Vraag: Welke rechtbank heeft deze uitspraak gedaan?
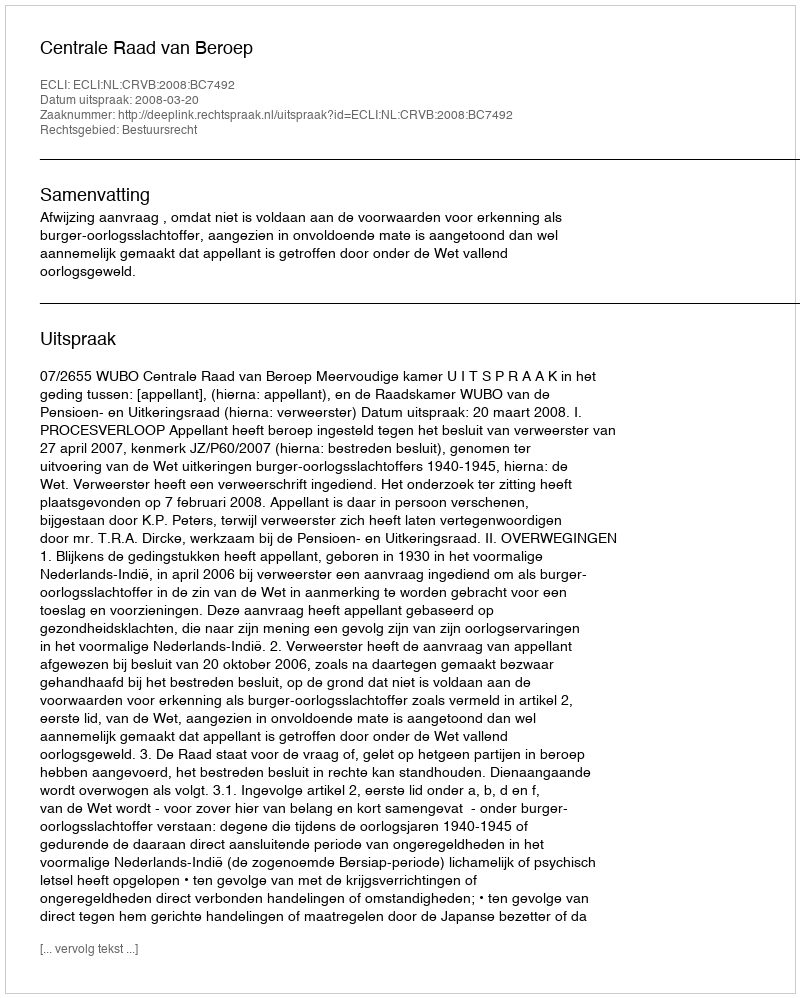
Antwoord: Centrale Raad van Beroep